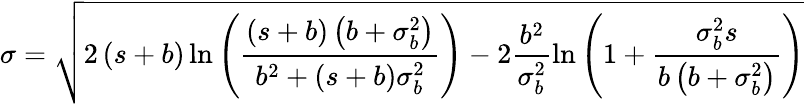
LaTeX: \sigma=\sqrt{2\left(s+b\right)\ln{\left(\frac{\left(s+b\right)\left(b+\sigma_{b}^{2}\right)}{b^{2}+\left(s+b\right)\sigma_{b}^{2}}\right)}-2\frac{b^{2}}{\sigma_{b}^{2}}\ln{\left(1+\frac{\sigma_{b}^{2}s}{b\left(b+\sigma_{b}^{2}\right)}\right)}}